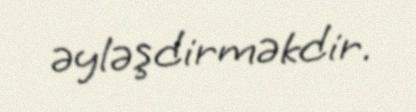
əyləşdirməkdir.